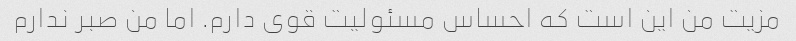
مزیت من این است که احساس مسئولیت قوی دارم. اما من صبر ندارم